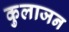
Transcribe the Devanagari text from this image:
कुलाजन